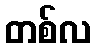
တစ်လ